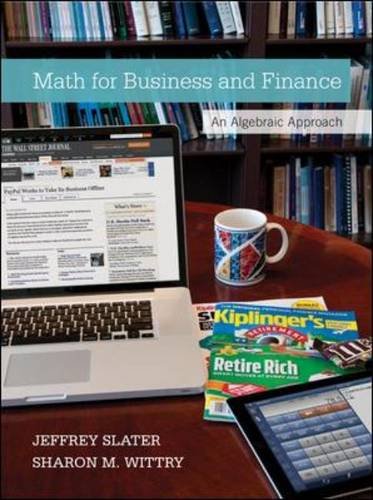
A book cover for Loose Leaf Practical Business Math Procedures w/Handbook, DVD, WSJ insert; Jeffrey Slater; Business & Money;